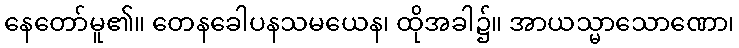
နေတော်မူ၏။ တေနခေါပနသမယေန၊ ထိုအခါ၌။ အာယသ္မာသောဏော၊